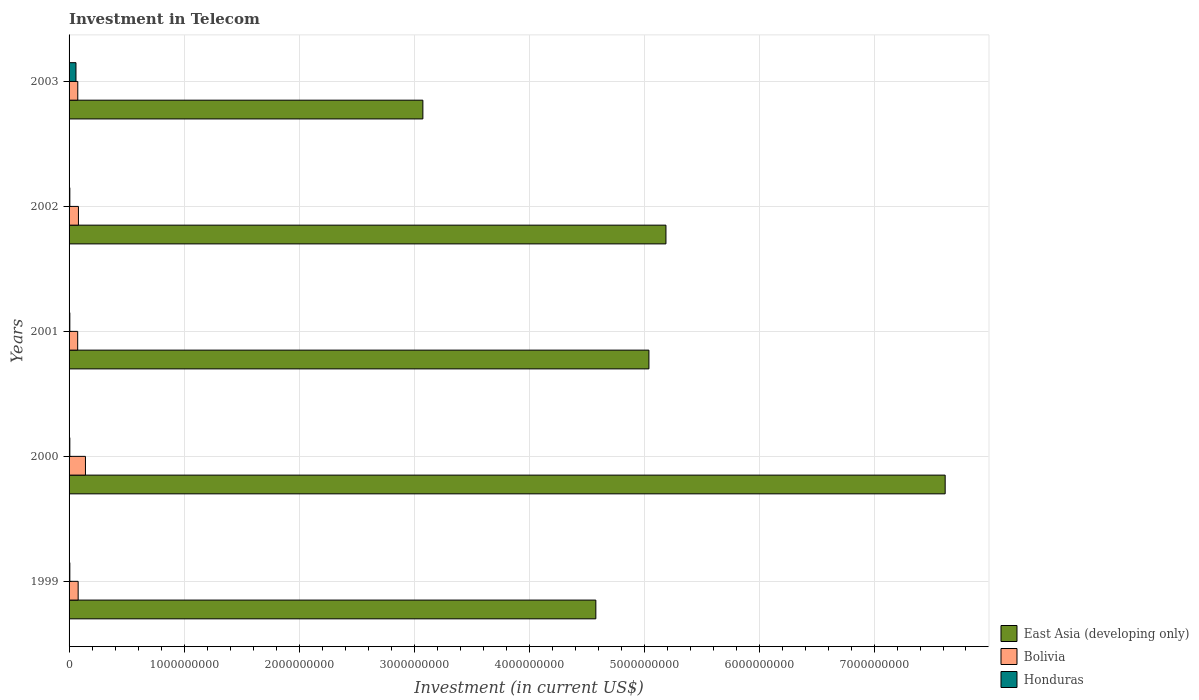
| Years | East Asia (developing only) | Bolivia | Honduras |
 | --- | --- | --- | --- |
 | 1999 | 4.58e+09 | 7.9e+07 | 6.6e+06 |
 | 2000 | 7.62e+09 | 1.42e+08 | 6.6e+06 |
 | 2001 | 5.04e+09 | 7.5e+07 | 6.6e+06 |
 | 2002 | 5.19e+09 | 8.15e+07 | 6.6e+06 |
 | 2003 | 3.08e+09 | 7.58e+07 | 6e+07 |